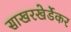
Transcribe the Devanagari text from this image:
साखरखेर्डेकर